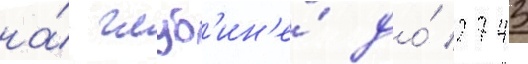
на́ глуб'ин'е́ до́ 2743